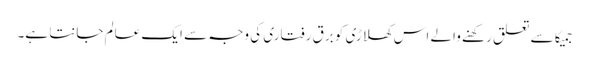
جمیکا سے تعلق رکھنے والے اس کھلاڑی کو برق رفتاری کی وجہ سے ایک عالم جانتا ہے۔